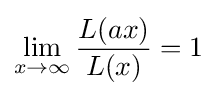
\lim _{x\to \infty }{\frac {L(ax)}{L(x)}}=1